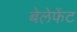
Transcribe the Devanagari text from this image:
बेलेफेंट